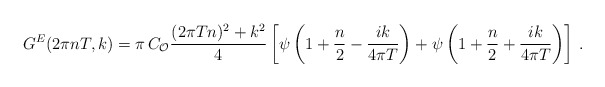
\begin{align*}G^E(2\pi n T, k) = \pi \, C_{\cal{O}} {(2\pi T n)^2+k^2\over 4}\left[ \psi \left( 1+ {n\over 2} -{i k \over 4\pi T} \right) + \psi \left( 1+ {n\over 2} +{i k \over 4\pi T} \right)\right]\,.\end{align*}